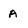
Character: A